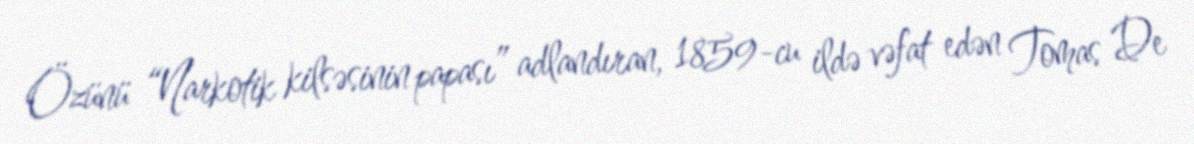
Özünü “Narkotik kilsəsinin papası” adlandıran, 1859-cu ildə vəfat edən Tomas De